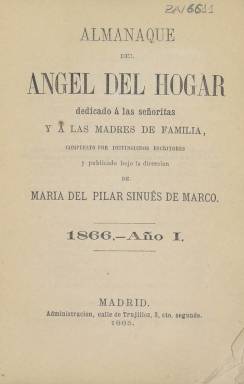
Título: Almanaque del ángel del hogar
Colección: Almanaques || Revistas femeninas
Ámbito geográfico: Madrid
Lugar de publicación: Madrid
Fechas: 01/01/1866-31/12/1866